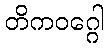
တိကဝဂ္ဂေါ